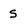
Character: S